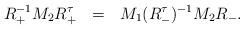
LaTeX: \begin{align*}R_{+}^{-1}M_{2}R_{+}^{\tau}~~=~{}~M_{1}(R_{-}^{\tau})^{-1}M_{2}R_{-}.\end{align*}